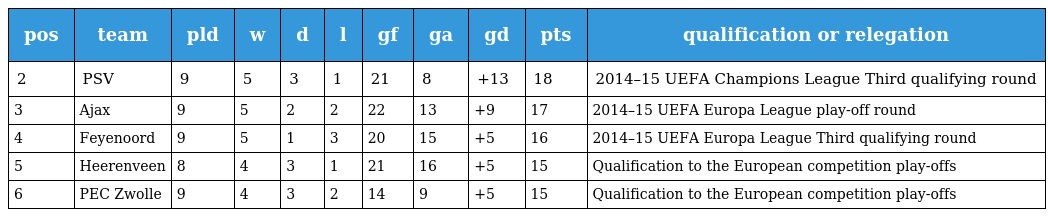
| pos | team | pld | w | d | l | gf | ga | gd | pts | qualification or relegation |
 | --- | --- | --- | --- | --- | --- | --- | --- | --- | --- | --- |
 | 2 | PSV | 9 | 5 | 3 | 1 | 21 | 8 | +13 | 18 | 2014–15 UEFA Champions League Third qualifying round |
 | 3 | Ajax | 9 | 5 | 2 | 2 | 22 | 13 | +9 | 17 | 2014–15 UEFA Europa League play-off round |
 | 4 | Feyenoord | 9 | 5 | 1 | 3 | 20 | 15 | +5 | 16 | 2014–15 UEFA Europa League Third qualifying round |
 | 5 | Heerenveen | 8 | 4 | 3 | 1 | 21 | 16 | +5 | 15 | Qualification to the European competition play-offs |
 | 6 | PEC Zwolle | 9 | 4 | 3 | 2 | 14 | 9 | +5 | 15 | Qualification to the European competition play-offs |